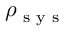
\rho _ { \textrm { s y s } }